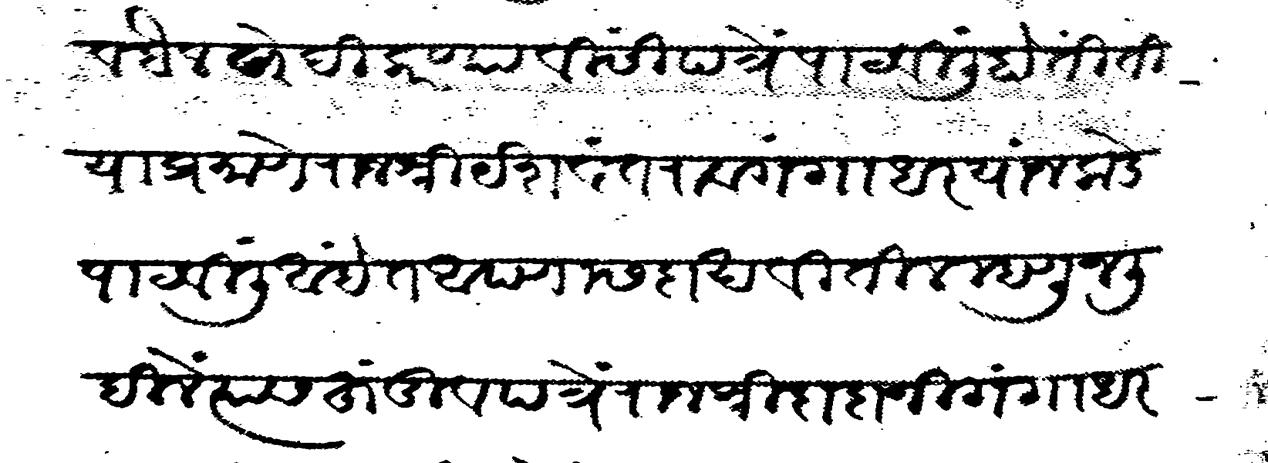
Transliteration (Devanagari): व बैल खरेदी करण्याविसी पत्रे पाटविली होती ती या प्रमाणे राजश्री यशवंतराव गंगाधर यांजकडे पाटविली आहेत आपणास दाखवितील म्हणून लिहिलें त्यास हुंडी व पत्रे राजश्री दादाजी गंगाधर